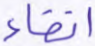
اتقاء